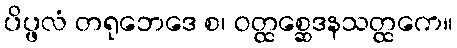
ပိပ္ဖလံ တရုဘေဒေ စ၊ ဝတ္ထစ္ဆေဒနသတ္ထကေ။